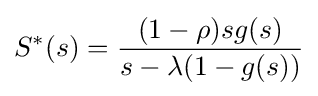
S^{\ast }(s)={\frac {(1-\rho )sg(s)}{s-\lambda (1-g(s))}}